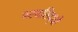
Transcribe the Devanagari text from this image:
परमसिद्धों